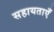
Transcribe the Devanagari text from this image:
सहायताएँ